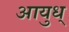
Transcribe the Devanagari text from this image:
आयुध्